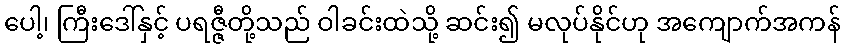
ပေါ့၊ ကြီးဒေါ်နှင့် ပရဇ္ဇီတို့သည် ဝါခင်းထဲသို့ ဆင်း၍ မလုပ်နိုင်ဟု အကျောက်အကန်